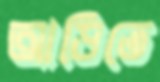
আড়িতে